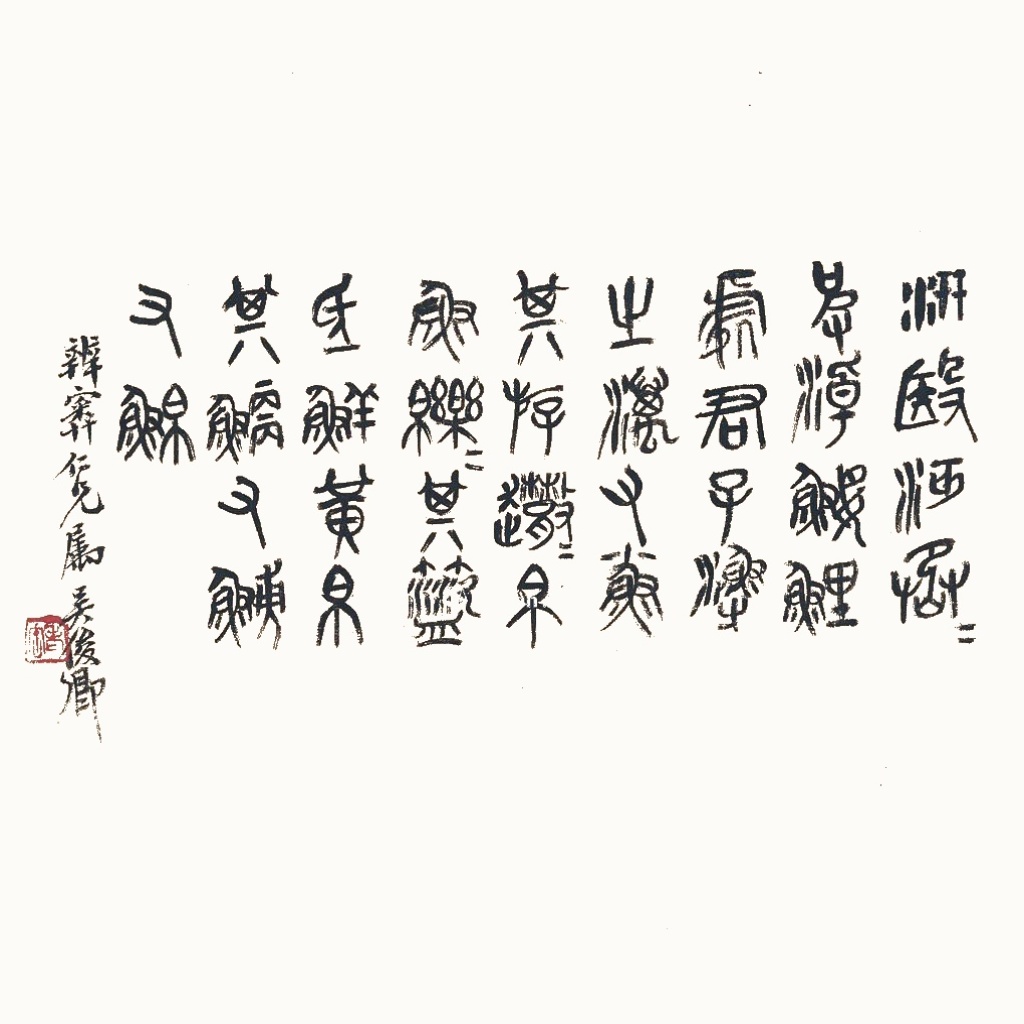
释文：汧殹沔烝烝，彼淖𫚢鲤，处君子渔之。𪵱有小鱼，其游散散。帛鱼皪皪，其□氐鲜。黄帛其鳊，有鳑有鲌。辨奥仁兄属，吴俊卿。